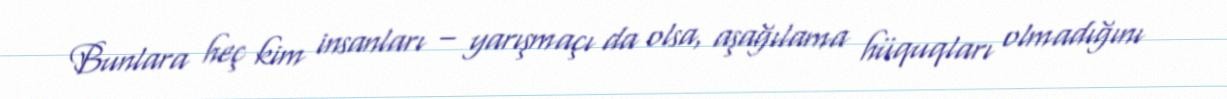
Bunlara heç kim insanları – yarışmaçı da olsa, aşağılama hüquqları olmadığını